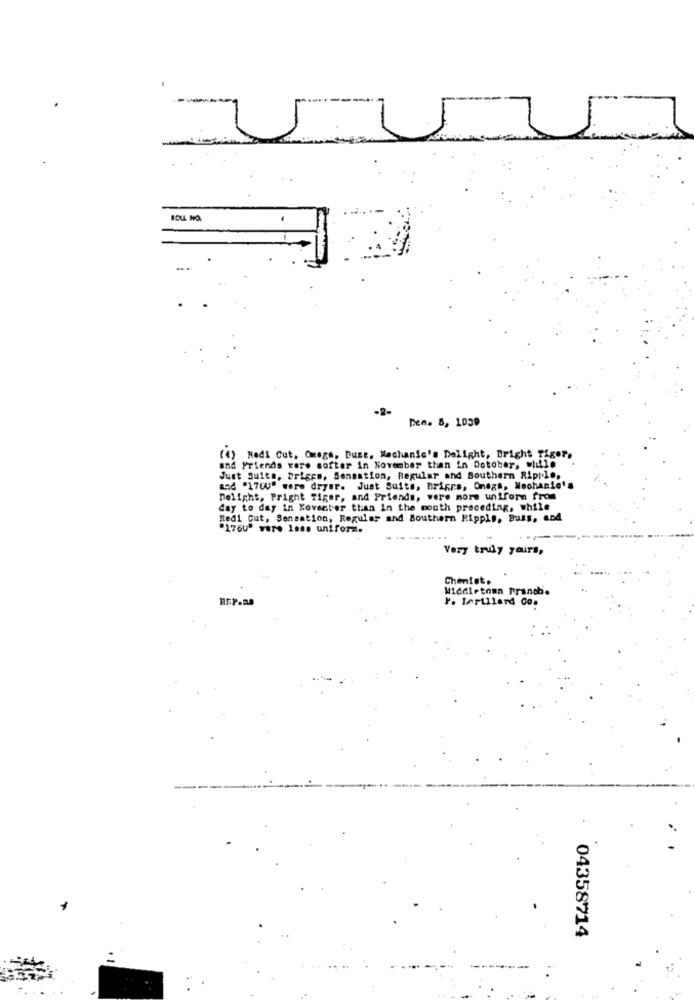
ROLL NO
-2-
Den. 8, 1039
(4) Hadi Cut, Omega, Dust, Mechanic's Delight, Bright Tiger.
and Friends were softer in November than in Dotober, while
Just Suita, Briggs, Sensation, Regular and Southern Ripple,
and "17QU" were dryer. Just Suits, Briers, Onega, Woohanio's
Delight, Pright Tiger, and Friends, were more uniform from
day to day in Koventer than in the mouth preceding, while
Redi Cut, Sensation, Regular and Southern Rippls, Buss, and
"176U" were less uniforz.
Very truly yours,
Chentet.
Middletown Pranch'.
Y. Ierillard Co.
04358714